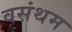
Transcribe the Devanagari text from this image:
वसंथम